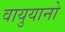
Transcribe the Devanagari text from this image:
वायुयानो